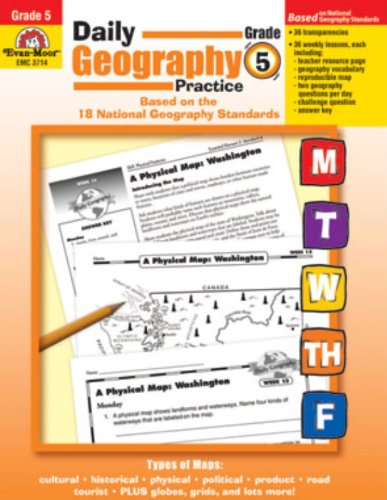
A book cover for Daily Geography Practice Grade 5; Evan Moor; Science & Math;